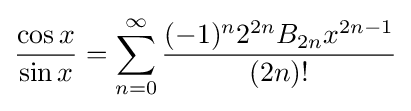
{\frac {\cos x}{\sin x}}=\sum _{n=0}^{\infty }{\frac {(-1)^{n}2^{2n}B_{2n}x^{2n-1}}{(2n)!}}